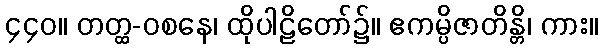
၄၄၀။ တတ္ထ-ဝစနေ၊ ထိုပါဠိတော်၌။ ဧကမ္ပိဇာတိန္တိ၊ ကား။